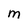
Character: M